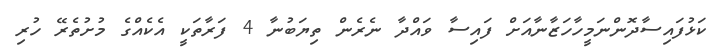
ކަޅުފައިސާދޮންނަމީހާހަޒާނާއަށް ފައިސާ ވައްދާ ނެރެން ތިޔަބުނާ 4 ފަރާތަކީ އެކެއްގެ މުށުތެރޭ ހުރި